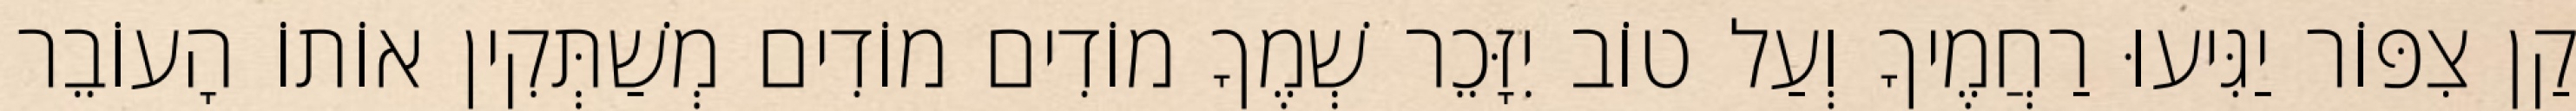
קַן צִפּוֹר יַגִּיעוּ רַחֲמֶיךָ וְעַל טוֹב יִזָּכֵר שְׁמֶךָ מוֹדִים מוֹדִים מְשַׁתְּקִין אוֹתוֹ הָעוֹבֵר